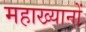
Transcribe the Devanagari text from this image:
महाख्यानों